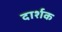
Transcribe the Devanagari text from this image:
दार्शक